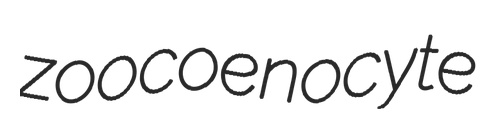
zoocoenocyte